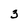
Character: 3